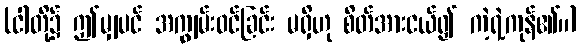
(ငါတို့၌ ဤမျှပင် အကျွမ်းဝင်ခြင်း မရှိဟု စိတ်အားငယ်၍ ကဲ့ရဲ့ကုန်၏။)